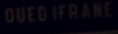
OUEDIFRANE